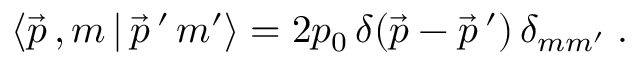
\langle \, \! \vec { p } \, , m \, | \, \vec { p } \, ^ { \prime } \, m ^ { \prime } \, \! \rangle = 2 p _ { 0 } \, \delta ( \vec { p } - \vec { p } \, ^ { \prime } ) \, \delta _ { m m ^ { \prime } } \; .